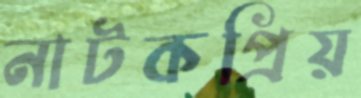
নাটকপ্রিয়